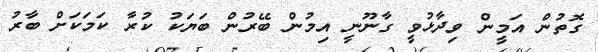
ގޮތުން އަމީން ވިދާޅުވީ ގާނޫނީ އިމުން ބޭރުން ބަޔަކު ކުރާ ކަމަކަށް ބާރު